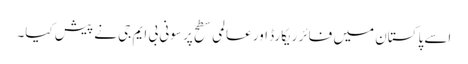
اسے پاکستان میں فائر ریکارڈ اور عالمی سطح پر سونی بی ایم جی نے پیش کیا۔